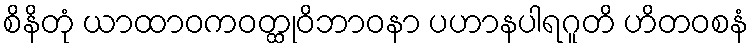
စိနိတုံ ယာထာဝကဝတ္ထုဝိဘာဝနာ ပဟာနပါရဂူတိ ဟိတဝစနံ